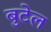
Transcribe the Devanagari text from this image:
बुटेल